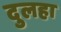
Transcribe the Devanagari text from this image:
दुलहा